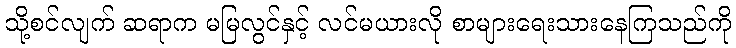
သို့စင်လျက် ဆရာက မမြလွင်နှင့် လင်မယားလို စာများရေးသားနေကြသည်ကို